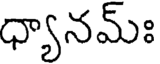
ధ్యానమ్ః